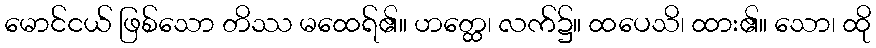
မောင်ငယ် ဖြစ်သော တိဿ မထေရ်၏။ ဟတ္ထေ၊ လက်၌။ ထပေသိ၊ ထား၏။ သော၊ ထို